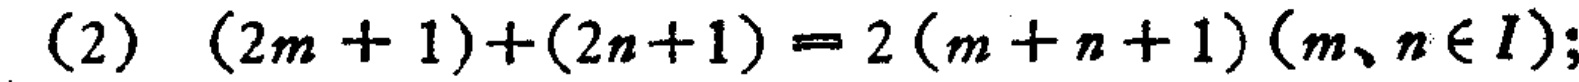
(2) \((2m + 1)+(2n + 1)=2(m + n + 1)(m、n\in I)\);